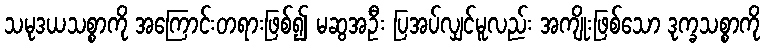
သမုဒယသစ္စာကို အကြောင်းတရားဖြစ်၍ မဆွအဦး ပြအပ်လျှင်မူလည်း အကျိုးဖြစ်သော ဒုက္ခသစ္စာကို